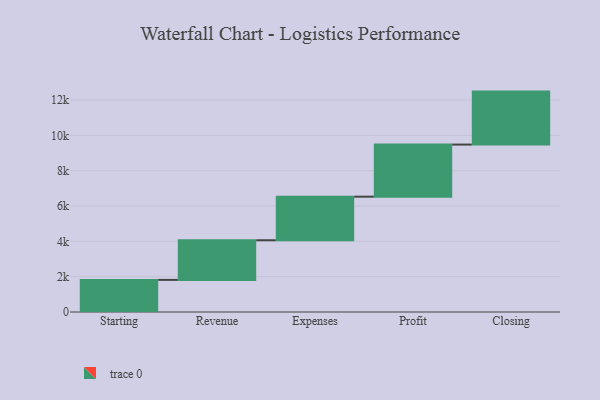
{"axis": {"x": "Step", "y": "Value"}, "legend": [""], "data": [{"x": "Starting", "y": 1818.0, "type": ""}, {"x": "Revenue", "y": 2245.0, "type": ""}, {"x": "Expenses", "y": 2467.0, "type": ""}, {"x": "Profit", "y": 2950.0, "type": ""}, {"x": "Closing", "y": 3000, "type": ""}]}